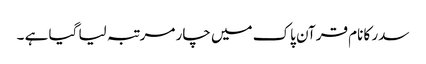
سدر کا نام قرآن پاک میں چار مرتبہ لیا گیا ہے ۔